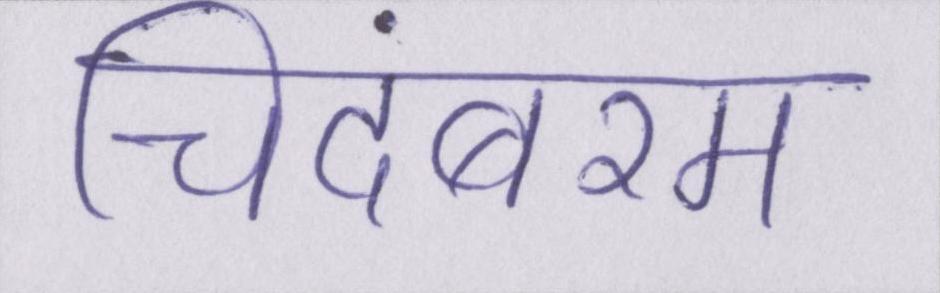
चिदंबरम